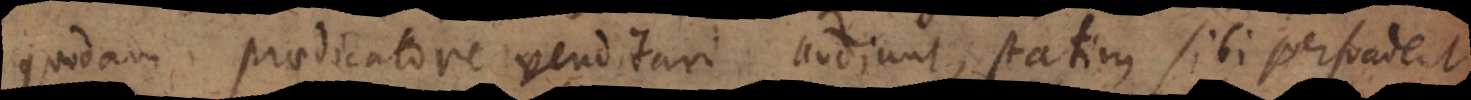
quodam praedicatore venditari audiunt, statim sibi persuadent